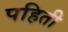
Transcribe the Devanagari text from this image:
पहिती